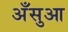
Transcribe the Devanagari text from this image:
अँसुआ